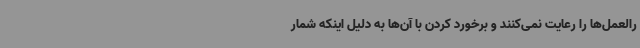
رالعمل‌ها را رعایت نمی‌کنند و برخورد کردن با آن‌ها به دلیل اینکه شمار